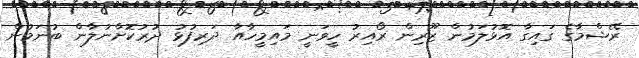
ރޭޝްމާގެ ގައިގާ އޮޅުލަމުން ޒޫރިން ރޯއިރު ހީވަނީ މައިމީހާއާ ދަރިފުޅު ދުރުކޮށްނުލާން ބުނަމުން